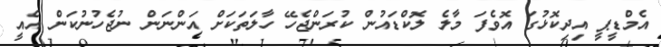
އެމްޑީޕީ އިދިކޮޅުގަ އޮވެފަ މާލެ ލޮކްޑައުން ކުރަންޖެހޭ ހާލަތަކަށް އަންނަން ނުޖެހުނުކަން އެއީ